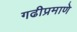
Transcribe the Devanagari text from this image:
गढीप्रमाणे